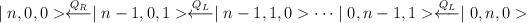
\begin{align*}\mid n,0,0>\buildrel{Q_{\scriptscriptstyle R}}\over\longleftarrow \mid n-1,0,1>\buildrel{Q_{\scriptscriptstyle L}}\over\longleftarrow\mid n-1,1,0> \dots\mid0,n-1,1>\buildrel{Q_{\scriptscriptstyle L}}\over\longleftarrow\mid 0,n,0>\end{align*}